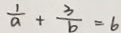
\frac { 1 } { a } + \frac { 3 } { b } = 6